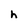
Character: h